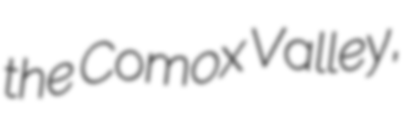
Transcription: the Comox Valley,